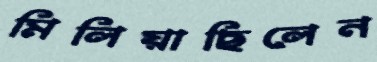
মিলিয়াছিলেন